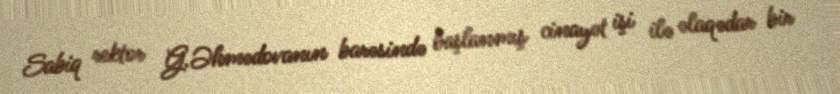
Sabiq rektor G.Əhmədovanın barəsində başlanmış cinayət işi ilə əlaqədar bir